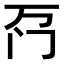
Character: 𫔬